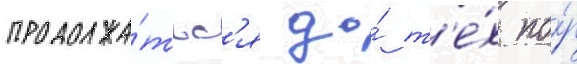
продолжа́тьс'я до́ т'е́х по́р